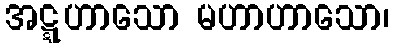
အဋ္ဋဟာသော မဟာဟာသော၊